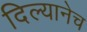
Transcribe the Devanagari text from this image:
दिल्यानेच